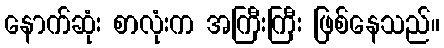
နောက်ဆုံး စာလုံးက အကြီးကြီး ဖြစ်နေသည်။